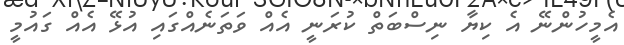
އެމީހުންނޭ އެ ކިޔާ ނިސްބަތް ކުރަނީ އެއް ވަތަނެއްގައި އުޅޭ އެއް ގައުމީ